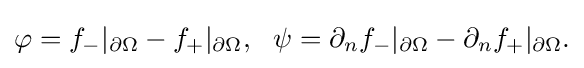
\displaystyle {\varphi =f_{-}|_{\partial \Omega }-f_{+}|_{\partial \Omega },\,\,\,\,\psi =\partial _{n}f_{-}|_{\partial \Omega }-\partial _{n}f_{+}|_{\partial \Omega }.}